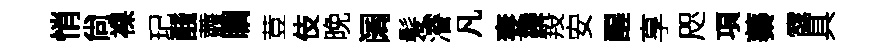
悄尙裸玘醆虀瞩荳伎晚阔髪濬凡妻鑠羖安醒享咫項蓁露具